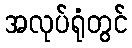
အလုပ်ရုံတွင်